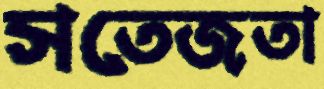
সতেজতা